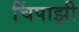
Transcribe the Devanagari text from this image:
चिंपाझी